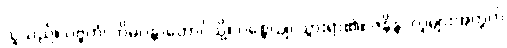
သူသည်။ ပဗ္ဗတံ၊ ဟိမဝန္တာတောင်သို့။ ဂစ္ဆေယျ၊ သွားရာ၏။ ဇနိန္ဒ၊ လူများအတွက်